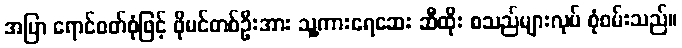
အပြာ ရောင်ဝတ်စုံဖြင့် ဖိုမင်တစ်ဦးအား သူ့ကားရေဆေး ဆီထိုး စသည်များလုပ် စုံစမ်းသည်။